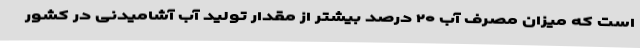
است که میزان مصرف آب ۲۰ درصد بیشتر از مقدار تولید آب آشامیدنی در کشور